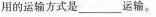
用的运输方式是___运输。